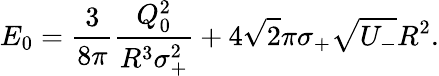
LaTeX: E_{0}=\frac{3}{8\pi}\frac{Q_{0}^{2}}{R^{3}\sigma_{+}^{2}}+4{\sqrt{2}}\pi\sigma_{+}{\sqrt{U_{-}}}R^{2}.